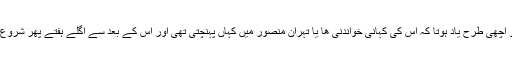
اس کو اچھی طرح یاد ہوتا کہ اس کی کہانی خواندنی ھا یا تہران منصور میں کہاں پہنچتی تھی اور اس کے بعد سے اگلے ہفتے پھر شروع کرتا۔